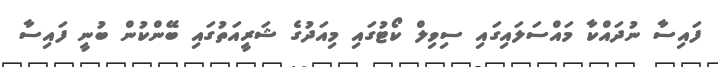
ފައިސާ ނުދައްކާ މައްސަލައިގައި ސިވިލް ކޯޓުގައި މިއަދުގެ ޝަރީއަތުގައި ބޭންކުން ބުނީ ފައިސާ